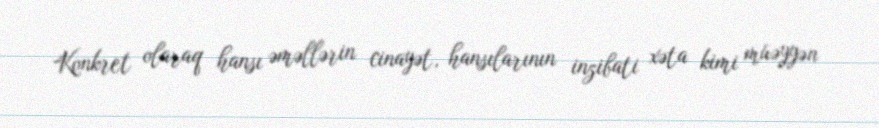
Konkret olaraq hansı əməllərin cinayət, hansılarının inzibati xəta kimi müəyyən